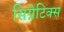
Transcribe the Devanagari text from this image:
सिग्नेटिक्स